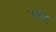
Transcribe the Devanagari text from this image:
५७वा